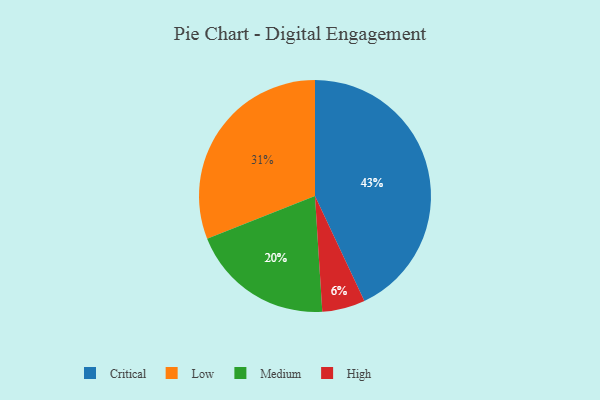
{"axis": {"x": "Category", "y": "Percentage"}, "legend": ["Critical", "High", "Low", "Medium"], "data": [{"x": "Low", "y": 31, "type": "Low"}, {"x": "Medium", "y": 20, "type": "Medium"}, {"x": "Critical", "y": 43, "type": "Critical"}, {"x": "High", "y": 6, "type": "High"}]}